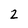
Character: 2